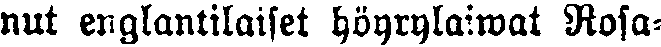
nut englantilaiset höyrylaiwat Rosa-